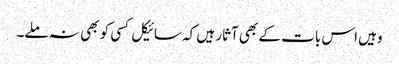
وہیں اس بات کے بھی آثار ہیں کہ سائیکل کسی کو بھی نہ ملے۔